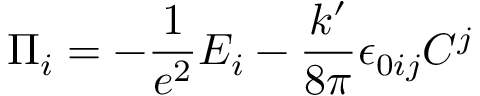
\Pi _ { i } = - \frac 1 { e ^ { 2 } } E _ { i } - \frac { k ^ { \prime } } { 8 \pi } \epsilon _ { 0 i j } C ^ { j }